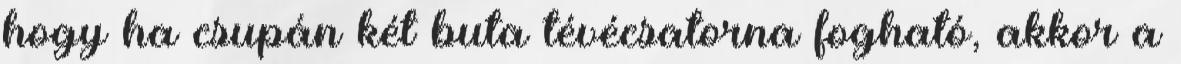
hogy ha csupán két buta tévécsatorna fogható, akkor a